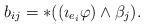
LaTeX: \begin{align*} b_{ij} = \ast ((\imath_{e_i} \varphi) \wedge \beta_j).\end{align*}